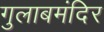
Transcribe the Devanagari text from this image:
गुलाबमंदिर